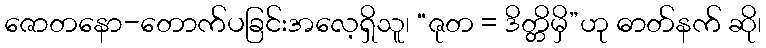
ဇောတနော-တောက်ပခြင်းအလေ့ရှိသူ၊ “ဇုတ = ဒိတ္တိမှိ”ဟု ဓာတ်နက် ဆို၊